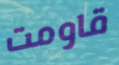
قاومت